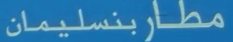
مطاربنسليمان